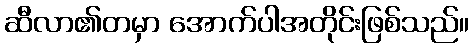
ဆီလာ၏တမှာ အောက်ပါအတိုင်းဖြစ်သည်။